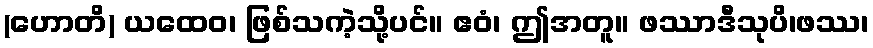
(ဟောတိ) ယထေဝ၊ ဖြစ်သကဲ့သို့ပင်။ ဧဝံ၊ ဤအတူ။ ဖဿာဒီသုပိ၊ဖဿ၊